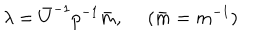
\lambda = \bar { U } ^ { - 1 } p ^ { - 1 } \bar { m } , ~ ~ ( \bar { m } = m ^ { - 1 } )